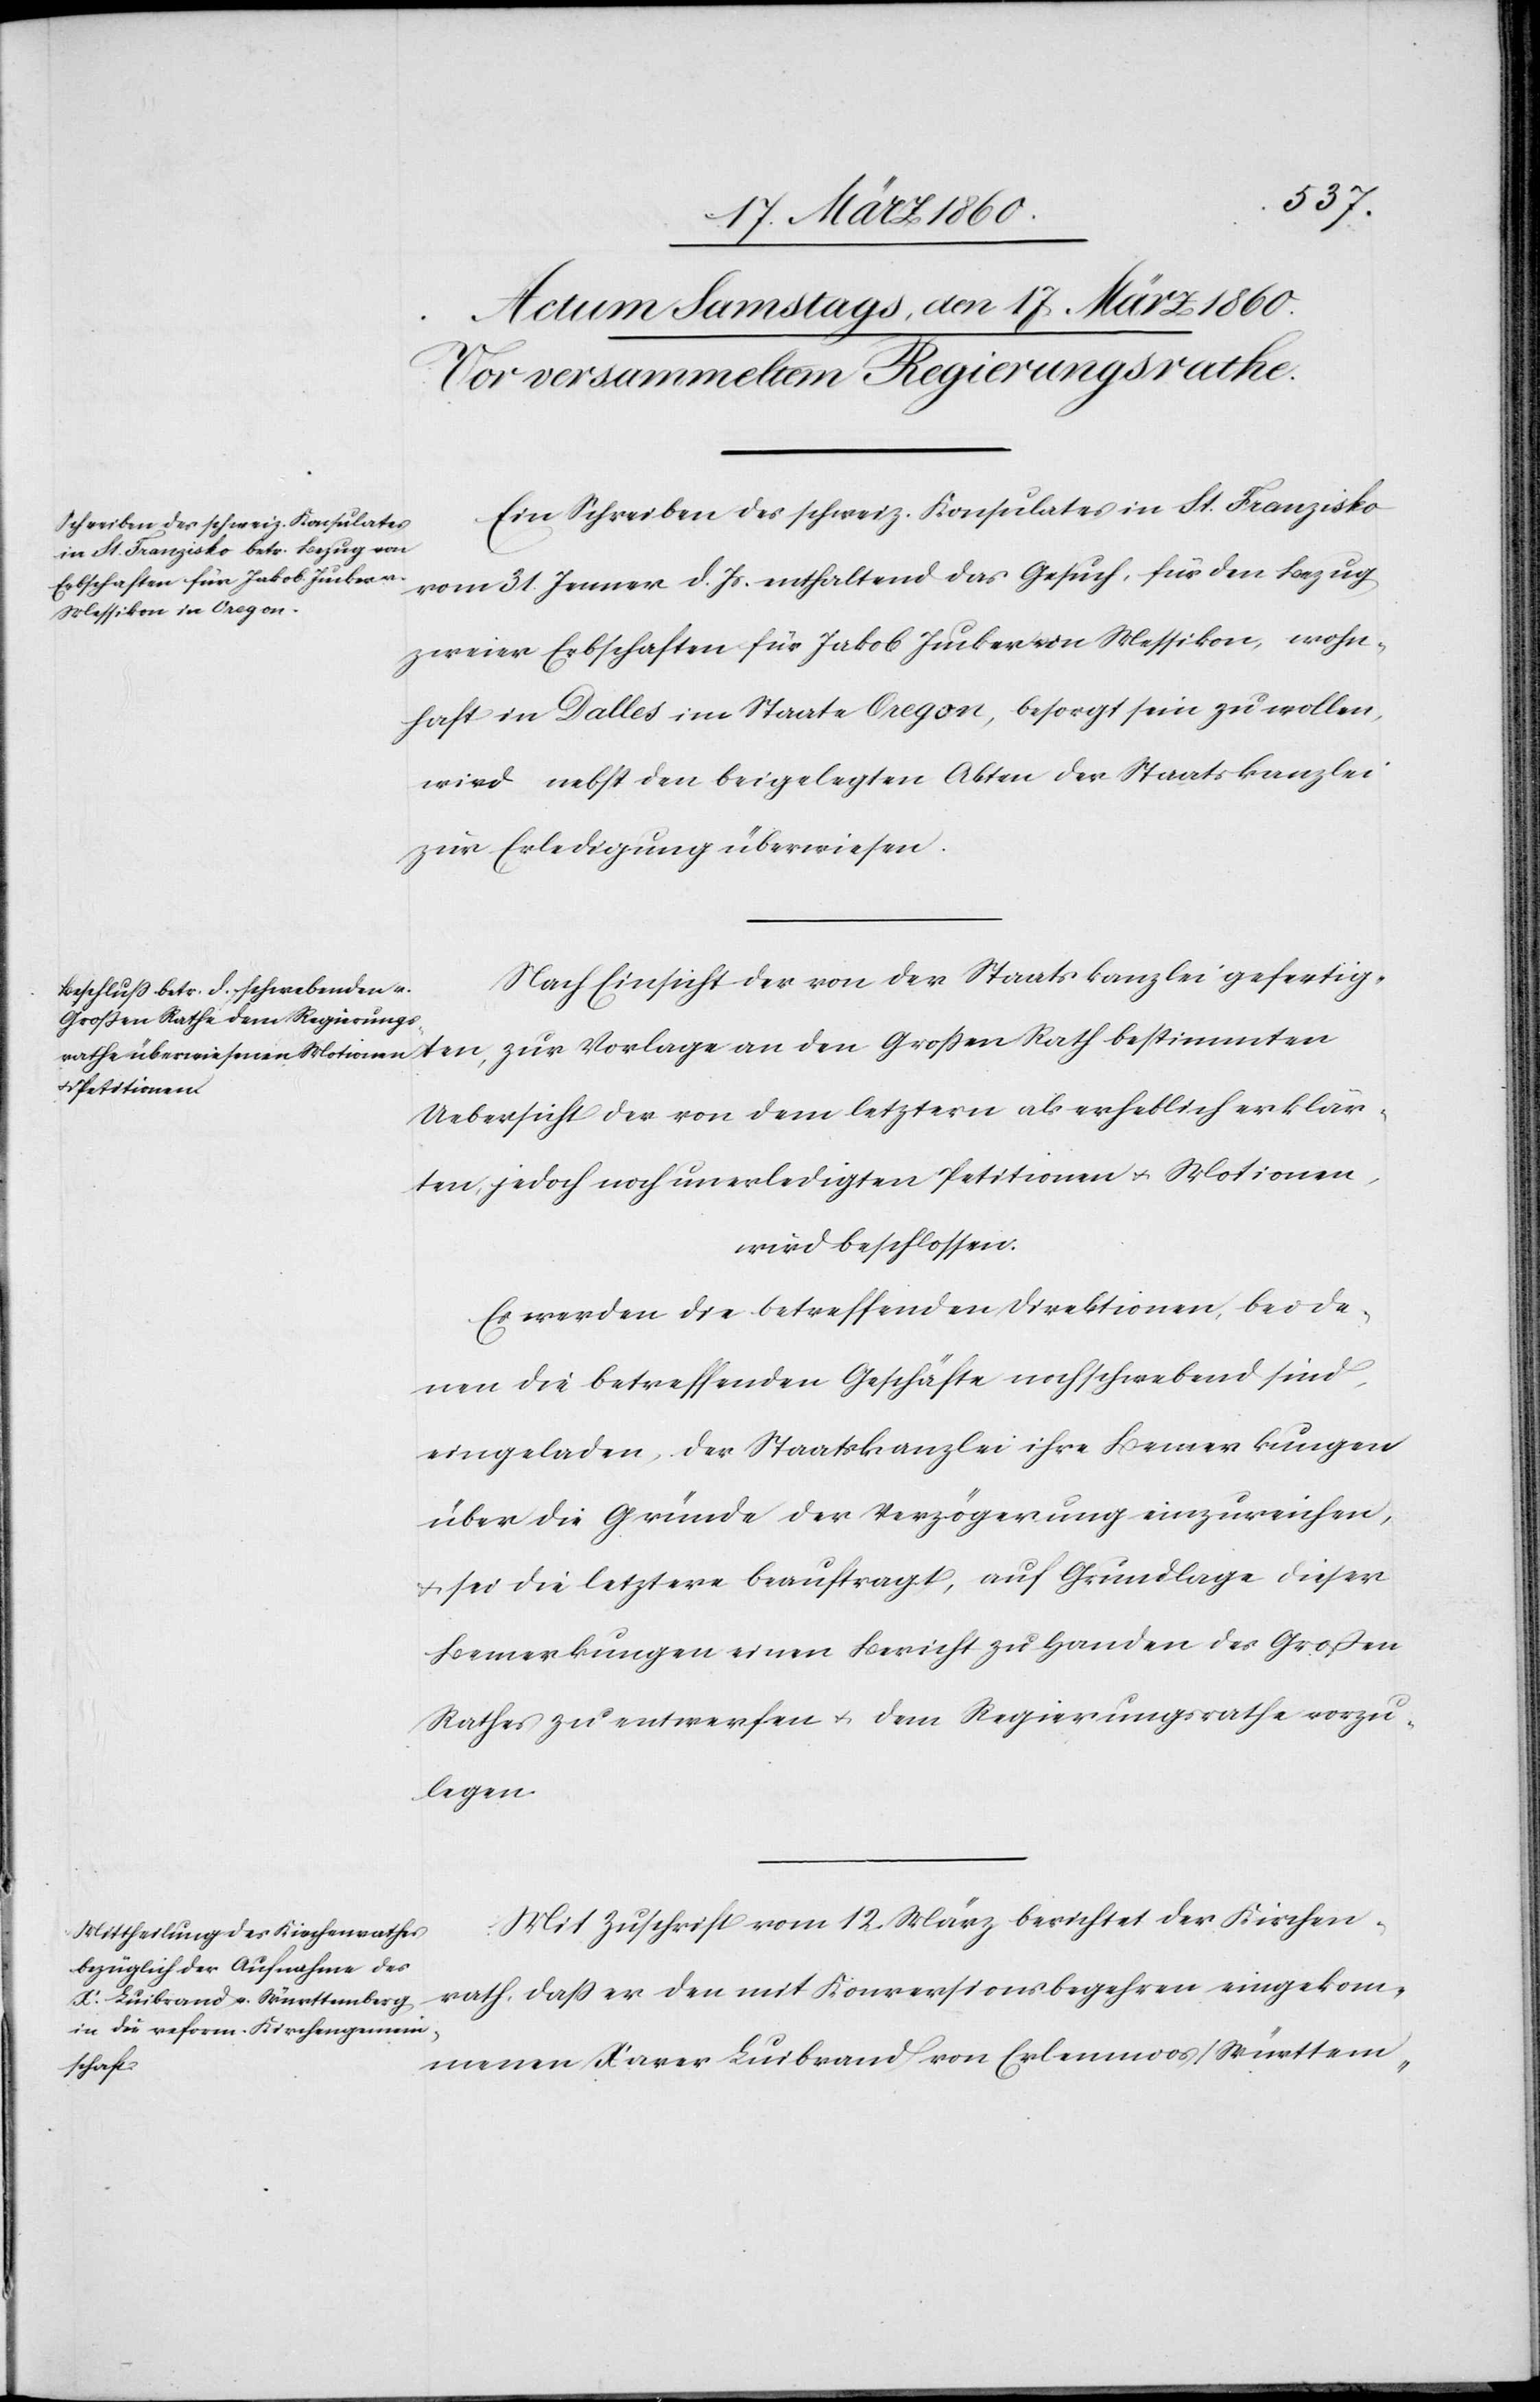
Ein Schreiben des schweiz. Konsulates in St. Franzisko
vom 31. Jenner d. Js. enthaltend das Gesuch, für den Bezug
zweier Erbschaften für Jakob Jucker von Messikon, wohn¬
haft in Dalles im Staate Oregon, besorgt sein zu wollen,
wird nebst den beigelegten Akten der Staatskanzlei
zur Erledigung überwiesen.
Nach Einsicht der von der Staatskanzlei gefertig¬
ten, zur Vorlage an den Grossen Rath bestimmten
Uebersicht der von dem letztern als erheblich erklär¬
ten, jedoch noch unerledigten Petitionen u. Motionen,
wird beschlossen:
Es werden die betreffenden Direktionen, bei de¬
nen die betreffenden Geschäfte noch schwebend sind,
eingeladen, der Staatskanzlei ihre Bemerkungen
über die Gründe der Verzögerung einzureichen,
u. sei die letztere beauftragt, auf Grundlage dieser
Bemerkungen einen Bericht zu Handen des Grossen
Rathes zu entwerfen u. dem Regierungsrathe vorzu¬
legen.
Mit Zuschrift vom 12. März berichtet der Kirchen¬
rath, dass er den mit Konversionsbegehren eingekom¬
menen Xaver Luibrand von Erlenmoos/Württem-